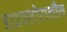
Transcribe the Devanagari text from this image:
डाइक्लोरामीन